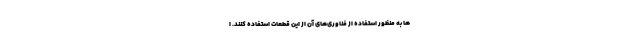
ها به منظور استفاده از فناوری‌های آن از این قطعات استفاده کنند. ا